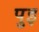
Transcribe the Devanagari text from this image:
पुइ